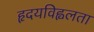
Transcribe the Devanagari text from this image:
हृदयविह्वलता